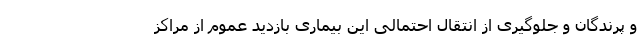
و ‌پرندگان و جلوگیری از انتقال احتمالی این بیماری بازدید عموم از مراکز